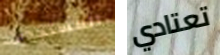
المستجدين تعتادي